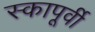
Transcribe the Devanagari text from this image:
स्कापूर्वी